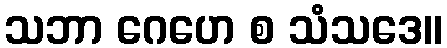
သဘာ ဂေဟေ စ သံသဒေ။